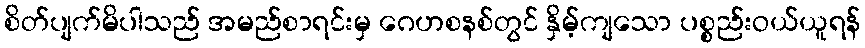
စိတ်ပျက်မိပါသည် အမည်စာရင်းမှ ဂေဟစနစ်တွင် နှိမ့်ကျသော ပစ္စည်းဝယ်ယူရန်